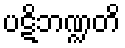
ပဋိဘဏ္ဍတိ